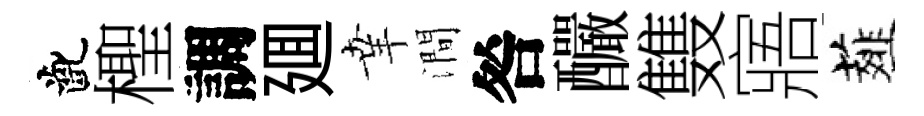
齔檉調廽𦍒澗咎釅䨇寤薤